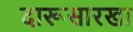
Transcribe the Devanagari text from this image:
दारूसारखा